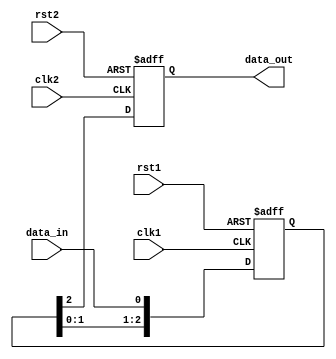
module timing_control_synchronization (
    input wire clk1,           // Clock signal for domain 1
    input wire rst1,           // Reset signal for domain 1
    input wire clk2,           // Clock signal for domain 2
    input wire rst2,           // Reset signal for domain 2
    input wire data_in,        // Data input signal
    
    output reg data_out        // Synchronized data output signal
);

reg [2:0] sync_reg;           // 3-stage synchronizer

always @(posedge clk1 or posedge rst1) begin
    if (rst1) begin
        sync_reg <= 3'b0;     // Reset synchronizer
    end else begin
        sync_reg <= {sync_reg[1:0], data_in};
    end
end

always @ (posedge clk2 or posedge rst2) begin
    if (rst2) begin
        data_out <= 1'b0;     // Reset synchronized data output
    end else begin
        data_out <= sync_reg[2];   // Output synchronized data
    end
end

endmodule